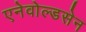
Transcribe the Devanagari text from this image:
एनेवोल्डसेन